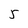
Character: 5